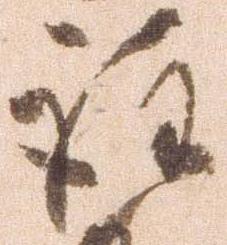
注